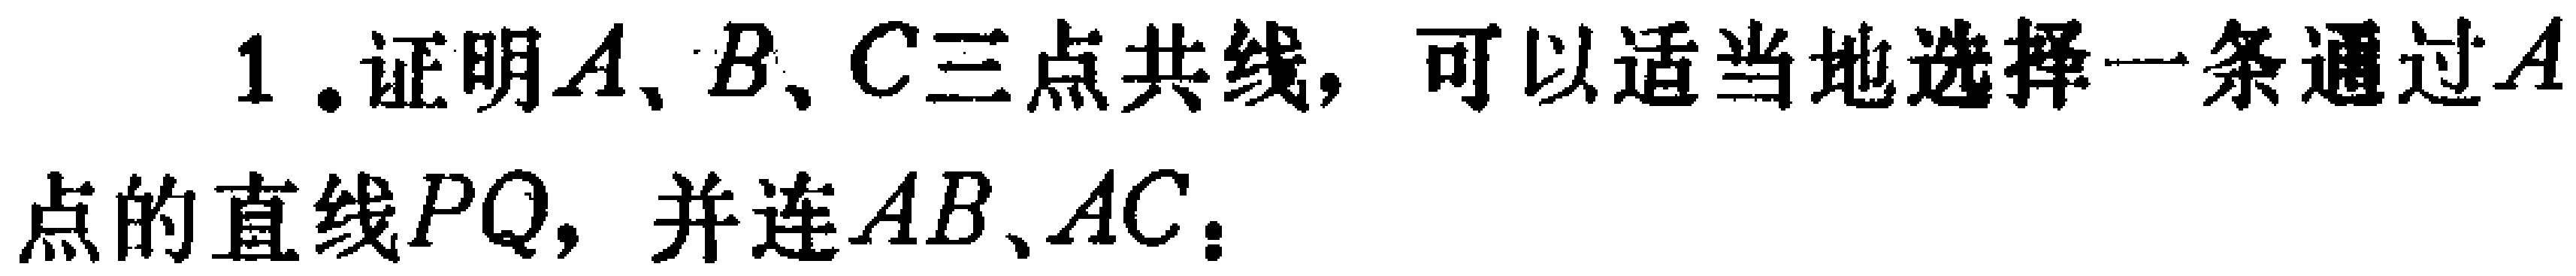
1.证明\(A\)、\(B\)、\(C\)三点共线，可以适当地选择一条通过\(A\)点的直线\(PQ\)，并连\(AB\)、\(AC\)。